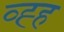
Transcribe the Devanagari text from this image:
व्ह्ह